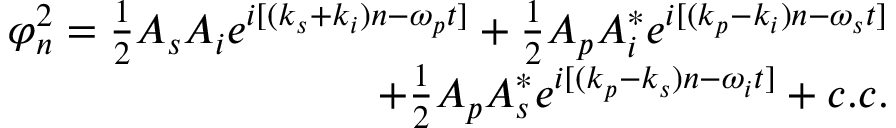
\begin{array} { r } { \varphi _ { n } ^ { 2 } = \frac { 1 } { 2 } A _ { s } A _ { i } e ^ { i [ ( k _ { s } + k _ { i } ) n - \omega _ { p } t ] } + \frac { 1 } { 2 } A _ { p } A _ { i } ^ { * } e ^ { i [ ( k _ { p } - k _ { i } ) n - \omega _ { s } t ] } } \\ { + \frac { 1 } { 2 } A _ { p } A _ { s } ^ { * } e ^ { i [ ( k _ { p } - k _ { s } ) n - \omega _ { i } t ] } + c . c . } \end{array}